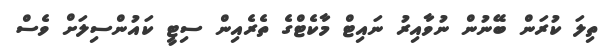
ތިލަ ކުރަން ބޭނުން ނުވާއިރު ނައިޓް މާކެޓްގެ ތެރެއިން ސިޓީ ކައުންސިލަށް ވެސް